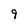
Character: 9